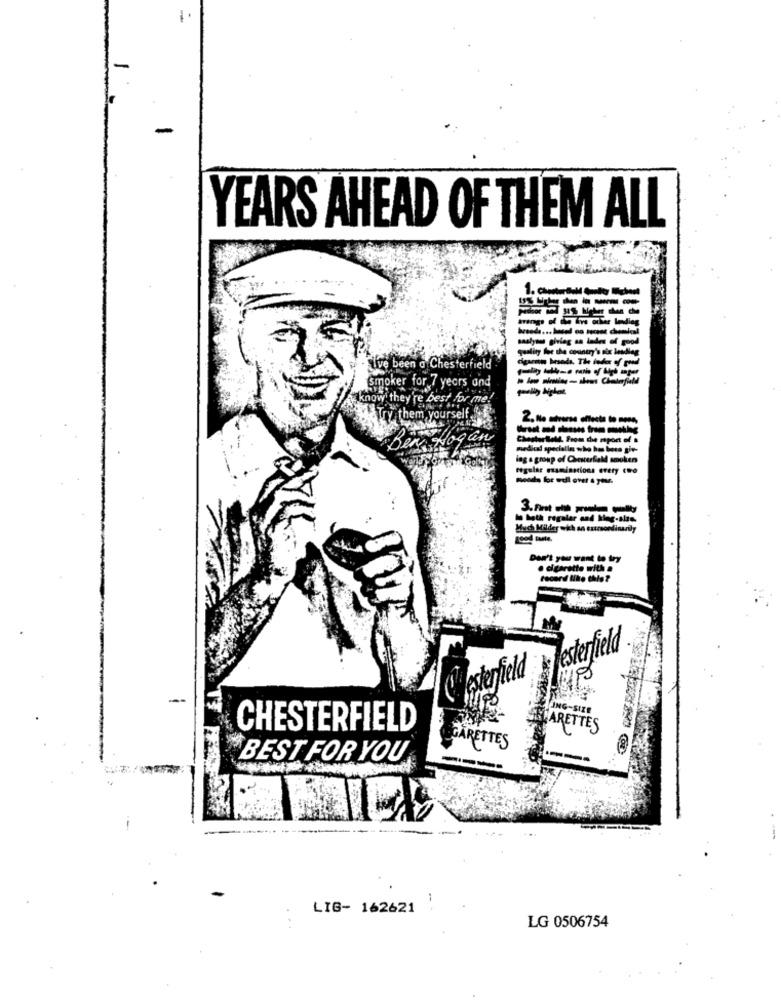
1
-
-
YEARS AHEAD OF THEM ALL
1. Com
saulyou giving an lades of
cigaris besada. The todo of
- ive been a Chesterfield
-------
Smoker for 7 years und
know they're best for me!
Try them yourself
Chestortold, From the mport of a
mediad specialin who has beta gie-
ing a group of Chesterfield amoken
regular examinations every cwo
3 .----
In bath regalar and hlag-slas.
Much Milder with an extraordinarily
Don't you want to try
. cigarette with a
record like thio ?
Testerfield
Chesterfield
--
CING-SIZE
CHESTERFIELD
ARETTES
GARETTES
BEST FOR YOU
----
-
LIG- 162621
LG 0506754